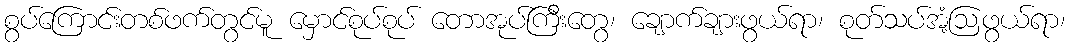
စွပ်ကြောင်းတစ်ဖက်တွင်မူ မှောင်စုပ်စုပ် တောအုပ်ကြီးတွေ၊ ချောက်ချားဖွယ်ရာ၊ စုတ်သပ်အံ့ဩဖွယ်ရာ၊